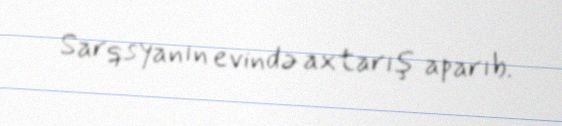
Sarqsyanın evində axtarış aparıb.